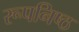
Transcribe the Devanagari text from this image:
रूपनिष्ठ